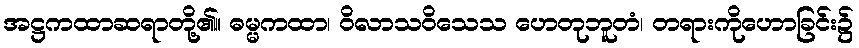
အဋ္ဌကထာဆရာတို့၏။ ဓမ္မကထာ၊ ဝိလာသဝိသေသ ဟေတုဘူတံ၊ တရားကိုဟောခြင်း၌